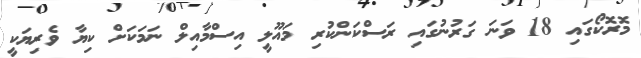
މޮރޮކޯގައި 18 ވަނަ ގަރުނުގައި ރަސްކަންކުރި މައޫލީ އިސްމާއިލް ނަމަކަށް ކިޔާ ވެރިޔަކީ